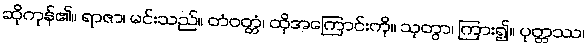
ဆိုကုန်၏။ ရာဇာ၊ မင်းသည်။ တံဝတ္တံ၊ ထိုအကြောင်းကို။ သုတွာ၊ ကြား၍။ ပုတ္တဿ၊